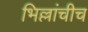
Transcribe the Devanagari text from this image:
भिल्लांचीच